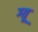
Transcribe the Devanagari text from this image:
ग्यू